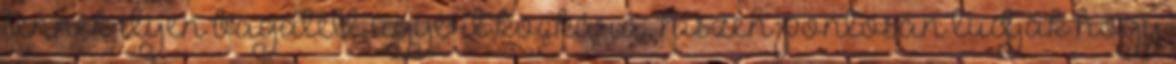
tennék ilyen bagatell ügyért kockára, hiszen pontosan tudják hogy